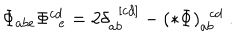
LaTeX: \Phi _ { a b e } \Phi _ { \ \ e } ^ { c d } = 2 \delta _ { a b } ^ { \ \ [ c d ] } - ( * \Phi ) _ { a b } ^ { \ \ c d } \ .